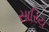
સારિય